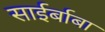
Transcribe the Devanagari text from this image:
साईर्बाबा